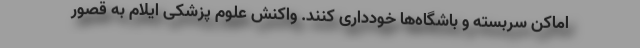
اماکن سربسته و باشگاه‌ها خودداری کنند. واکنش علوم پزشکی ایلام به قصور